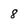
Character: 8